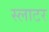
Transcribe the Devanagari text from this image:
स्लाटर